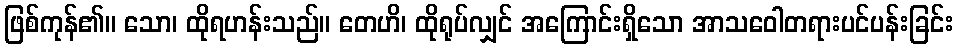
ဖြစ်ကုန်၏။ သော၊ ထိုရဟန်းသည်။ တေဟိ၊ ထိုရုပ်လျှင် အကြောင်းရှိသော အာသဝေါတရားပင်ပန်းခြင်း